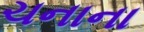
ચનાના